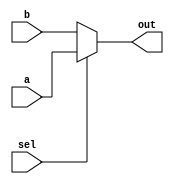
module multiplexer(a, b, sel, out);

input a, b, sel;
output out;

assign out = sel ? a : b;

/*
always @ (*) begin
  if (sel)
    out = a;
  else
    out = b;
end
*/

endmodule